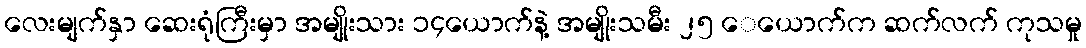
လေးမျက်နှာ ဆေးရုံကြီးမှာ အမျိုးသား ၁၄ယောက်နဲ့ အမျိုးသမီး ၂၅ ေယောက်က ဆက်လက် ကုသမှု